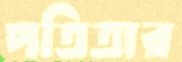
পতিতার